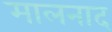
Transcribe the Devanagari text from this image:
मालनाद